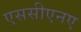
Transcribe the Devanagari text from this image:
एससीएनए